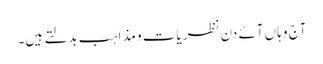
آج وہاں آئے دن نظریات و مذاہب بدلتے ہیں۔